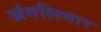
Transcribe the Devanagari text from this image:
अंगलियार